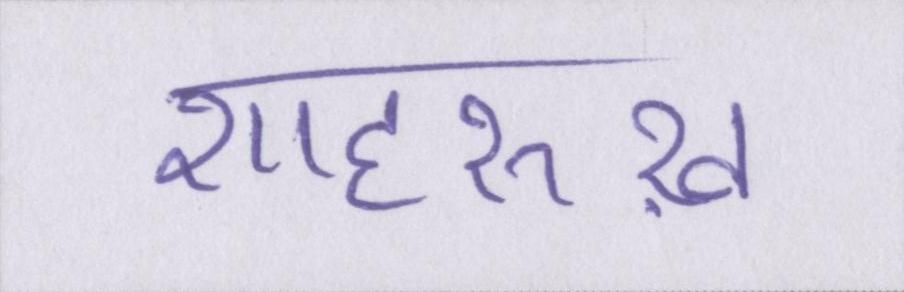
शाहरुख़